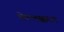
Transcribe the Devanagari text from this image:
चेल्लक्कपन